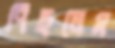
পিছলেম